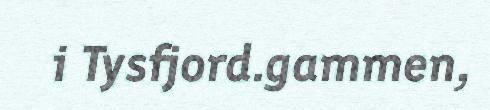
i Tysfjord.gammen,